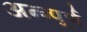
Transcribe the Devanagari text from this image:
अन्न्पूर्ण